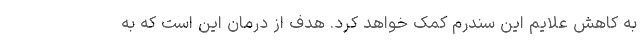
به کاهش علایم این سندرم کمک خواهد کرد. هدف از درمان این است که به